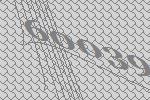
60039